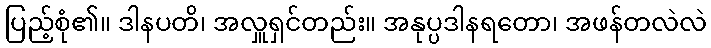
ပြည့်စုံ၏။ ဒါနပတိ၊ အလှူရှင်တည်း။ အနုပ္ပဒါနရတော၊ အဖန်တလဲလဲ